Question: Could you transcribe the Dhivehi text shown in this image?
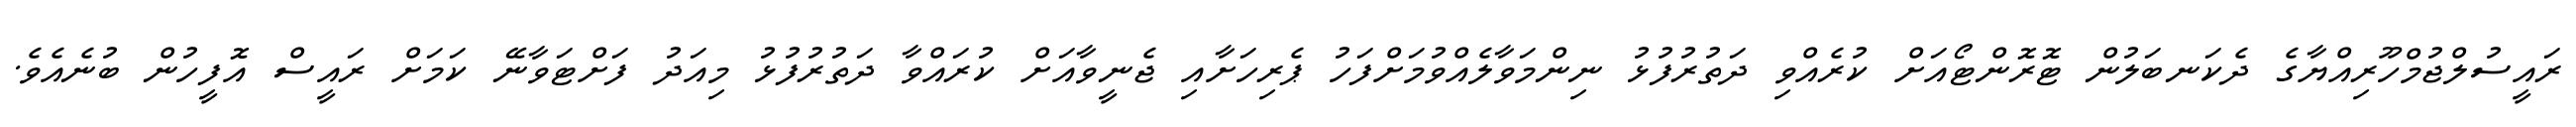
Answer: ރައީސުލްޖުމްހޫރިއްޔާގެ ދެކަނބަލުން ޓޮރޮންޓޯއަށް ކުރެއްވި ދަތުރުފުޅު ނިންމަވާލެއްވުމަށްފަހު ޕެރިހަށާއި ޖެނީވާއަށް ކުރައްވާ ދަތުރުފުޅު މިއަދު ފަށްޓަވާނޭ ކަމަށް ރައީސް އޮފީހުން ބުނެއެވެ.